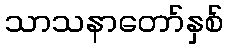
သာသနာတော်နှစ်